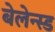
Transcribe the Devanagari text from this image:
बेलेन्स्ड